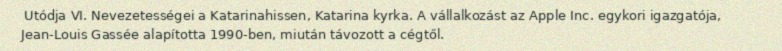
Utódja VI. Nevezetességei a Katarinahissen, Katarina kyrka. A vállalkozást az Apple Inc. egykori igazgatója, Jean-Louis Gassée alapította 1990-ben, miután távozott a cégtől.